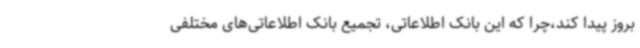
بروز پیدا کند،چرا که این بانک اطلاعاتی، تجمیع بانک اطلاعاتی‌های مختلفی